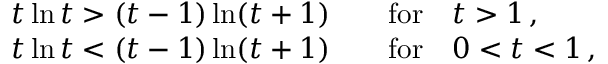
\begin{array} { l } { { t \ln t > ( t - 1 ) \ln ( t + 1 ) \qquad \mathrm { f o r } \quad t > 1 \, , } } \\ { { t \ln t < ( t - 1 ) \ln ( t + 1 ) \qquad \mathrm { f o r } \quad 0 < t < 1 \, , } } \end{array}